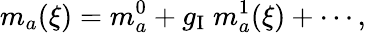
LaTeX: m_{a}(\xi)=m_{a}^{0}+g_{\mathrm{I}}\; m_{a}^{1}(\xi)+\cdots,